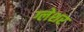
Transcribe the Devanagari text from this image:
ग्लेशर